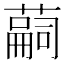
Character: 𦽊